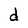
Character: d